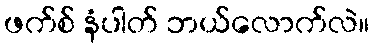
ဖက်စ် နံပါတ် ဘယ်လောက်လဲ။